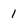
Character: 1